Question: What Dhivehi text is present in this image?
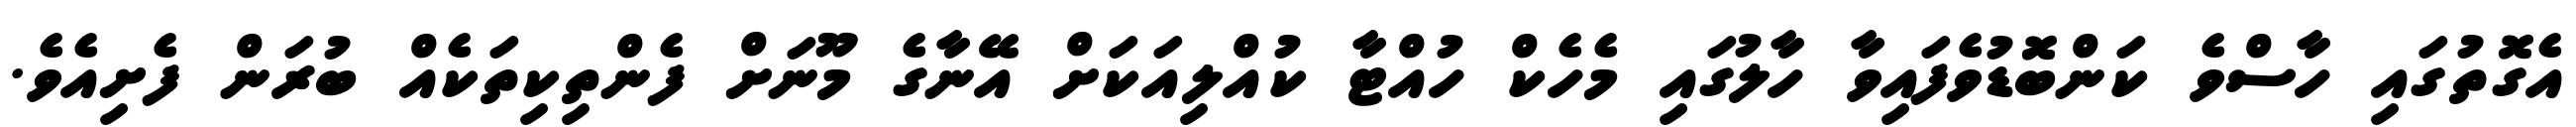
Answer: އެގޮތުގައި ހާސްވެ ކަންބޮޑުވެފައިވާ ހާލުގައި މެހެކް ހުއްޓާ ކުއްލިއަކަށް އޭނާގެ މޫނަށް ފެންތިކިތަކެއް ބުރަން ފެށިއެވެ.